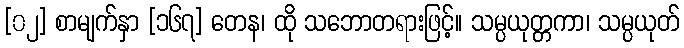
[၀၂] စာမျက်နှာ [၁၆၇] တေန၊ ထို သဘောတရားဖြင့်။ သမ္ပယုတ္တကာ၊ သမ္ပယုတ်